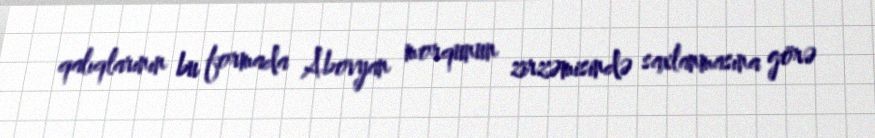
qalıqlarının bu formada Abovyan morqunun zirzəmisində saxlanmasına görə